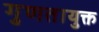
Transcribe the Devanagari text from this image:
गुणतायुक्त